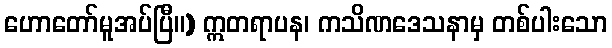
ဟောတော်မူအပ်ပြီ။) ဣတရာပန၊ ကသိဏဒေသနာမှ တစ်ပါးသော